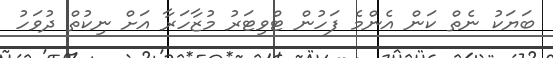
ބަޔަކު ނެތް ކަން އެންމެ ފަހުން ޓްވިޓަރު މުޒާހަރާ އަށް ނިކުތް ދުވަހު